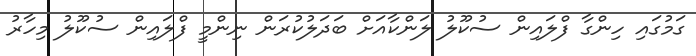
ގަމުގައި ހިންގާ ފްލައިން ސުކޫލު ލަންކާއަށް ބަދަލުކުރަން ނިންމީ ފްލައިން ސުކޫލު މިހާރު